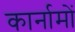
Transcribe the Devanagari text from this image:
कार्नामों